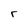
Character: r